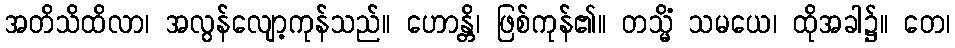
အတိသိထိလာ၊ အလွန်လျော့ကုန်သည်။ ဟောန္တိ၊ ဖြစ်ကုန်၏။ တသ္မိံ သမယေ၊ ထိုအခါ၌။ တေ၊